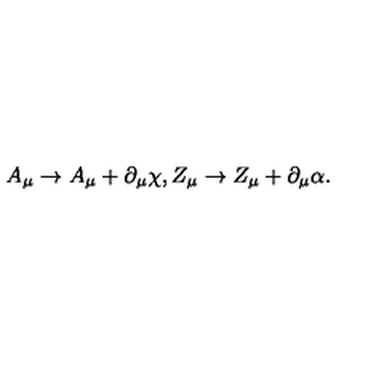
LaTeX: A _ { \mu } \to A _ { \mu } + \partial _ { \mu } \chi , Z _ { \mu } \to Z _ { \mu } + \partial _ { \mu } \alpha .